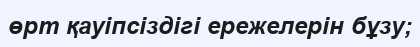
өрт қауіпсіздігі ережелерін бұзу;